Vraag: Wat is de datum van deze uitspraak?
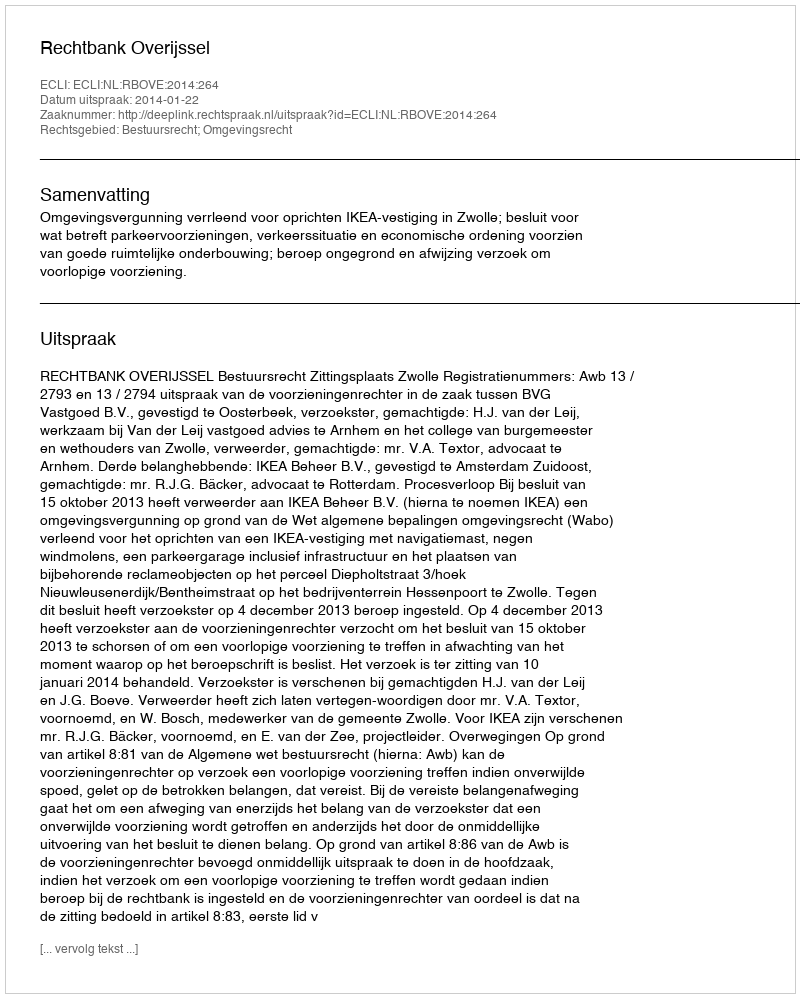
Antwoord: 2014-01-22